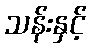
သန်းနှင့်